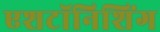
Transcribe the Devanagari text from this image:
एशटॉनिशिंग